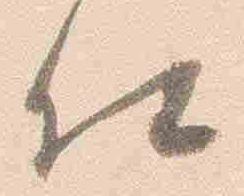
仕